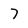
Character: 7